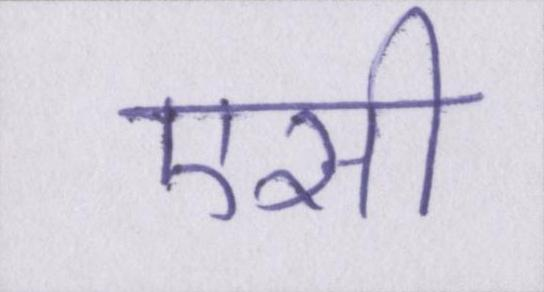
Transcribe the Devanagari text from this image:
एसी